Civil Veterinary Department Bihar & Orissa reports 1911-21 - 1911-1921
Year: 1911
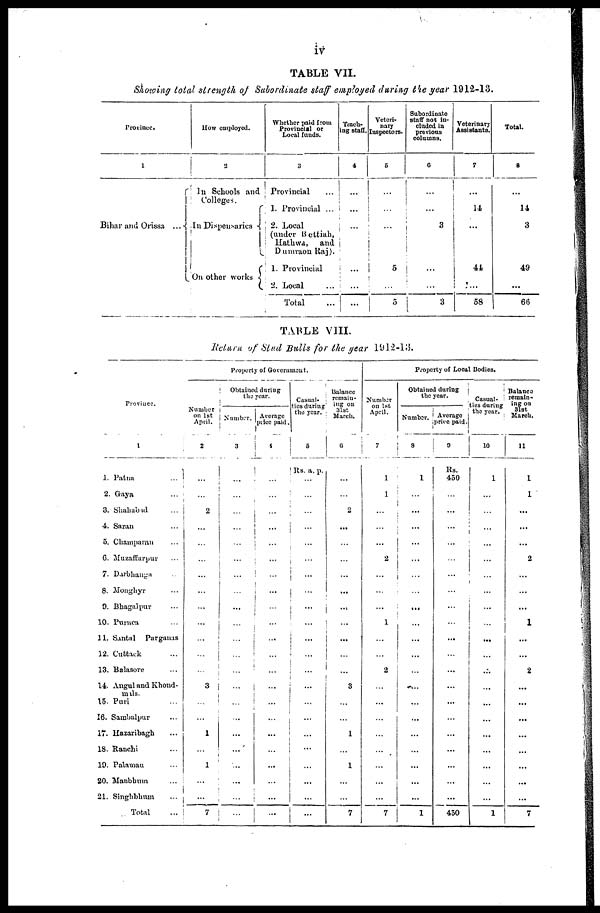
iv
TABLE VII.
Showing total strength of Subordinate staff employed daring tie year 1912-13.
Province.
1
Bihar and Orissa ...
How employed.
2
In Schools and
Colleges.
In Dispensaries
On other works
Whether paid from
Provincial or
Local funds.
3
Provincial
1. Provincial ...
2. Local
(under Bettiah,
Hathwa,
and
Dumraon Raj).
1. Provincial
2. Local ...
Total ...
Teach-
ing staff.
4
...
...
...
...
...
...
Veteri-
nary
Inspectors.
5
...
...
...
5
...
5
Subordinate
staff not in-
cluded in
previous
columns.
6
...
...
3
...
...
3
Veterinary
Assistants.
7
14
...
44
...
58
Total.
8
...
14
3
49
...
66
TABLE VIII.
Return of Stud Bulls for the year 1912-13.
Province.
1
1. Patna ...
2. Gaya ...
3. Shahabad ...
4. Saran ...
5. Champaran ...
6. Muzaffarpur ...
7. Darbhanga ..
8. Monghyr ...
9. Bhagalpur ...
10. Purnea ...
11. Santal
Parganas
12. Cuttack ...
13. Balasore ...
14. Angul and Khond-
mals.
15. Puri ...
16. Sambalpur ...
17. Hazaribagh ...
18. Ranchi ...
19. Palamau ...
20. Manbhum ...
21. Singhbhum ...
Total ...
Property of Government.
Number
on 1st
April.
2
...
...
2
...
...
...
...
...
...
...
...
...
...
3
...
...
1
...
1
...
...
7
Obtained during
the year.
Number.
3
...
...
...
...
...
...
...
...
...
...
...
...
...
...
...
...
...
...
...
...
...
...
Average
price paid.
4
...
...
...
...
...
...
...
...
...
...
...
...
...
...
...
...
...
...
...
...
...
...
Casual-
ties during
the year.
5
Rs. a. p.
...
...
...
...
...
...
...
...
...
...
...
...
...
...
...
...
...
...
...
...
...
...
Balance
remain-
ing on
31st
March.
6
...
...
2
...
...
...
...
...
...
...
...
...
...
8
...
...
1
...
1
...
...
7
Property of Local Bodies.
Number
on 1st
April.
7
1
1
...
...
...
2
...
...
...
1
...
...
2
...
...
...
...
...
...
...
...
7
Obtained during
the year.
Number.
8
1
...
...
...
...
...
...
...
...
...
...
...
...
...
...
...
...
...
...
...
...
1
Average
price paid.
9
Rs.
450
...
...
...
...
...
...
...
...
...
...
...
...
...
...
...
...
...
...
...
...
450
Casual-
ties during
the year.
10
1
...
...
...
...
...
...
...
...
...
...
...
...
...
...
...
...
...
...
...
...
1
Balance
remain-
ing on
31st
March.
11
1
1
...
...
...
2
...
...
...
1
...
...
2
...
...
...
...
...
...
...
...
7